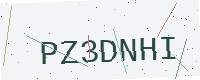
Text: PZ3DNHI